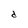
Character: d